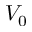
V _ { 0 }